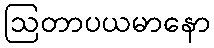
ဩတာပယမာနော